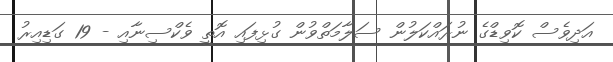
އަދިވެސް ކޮވިޑްގެ ނުރައްކަލުން ސަލާމަތްވުން ގުޅިފައި އޮތީ ވެކްސިނާއި - 19 ގަޑިއިރު